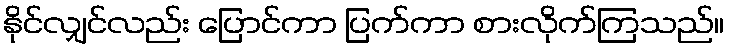
နိုင်လျှင်လည်း ပြောင်ကာ ပြက်ကာ စားလိုက်ကြသည်။